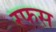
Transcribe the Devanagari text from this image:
रफस